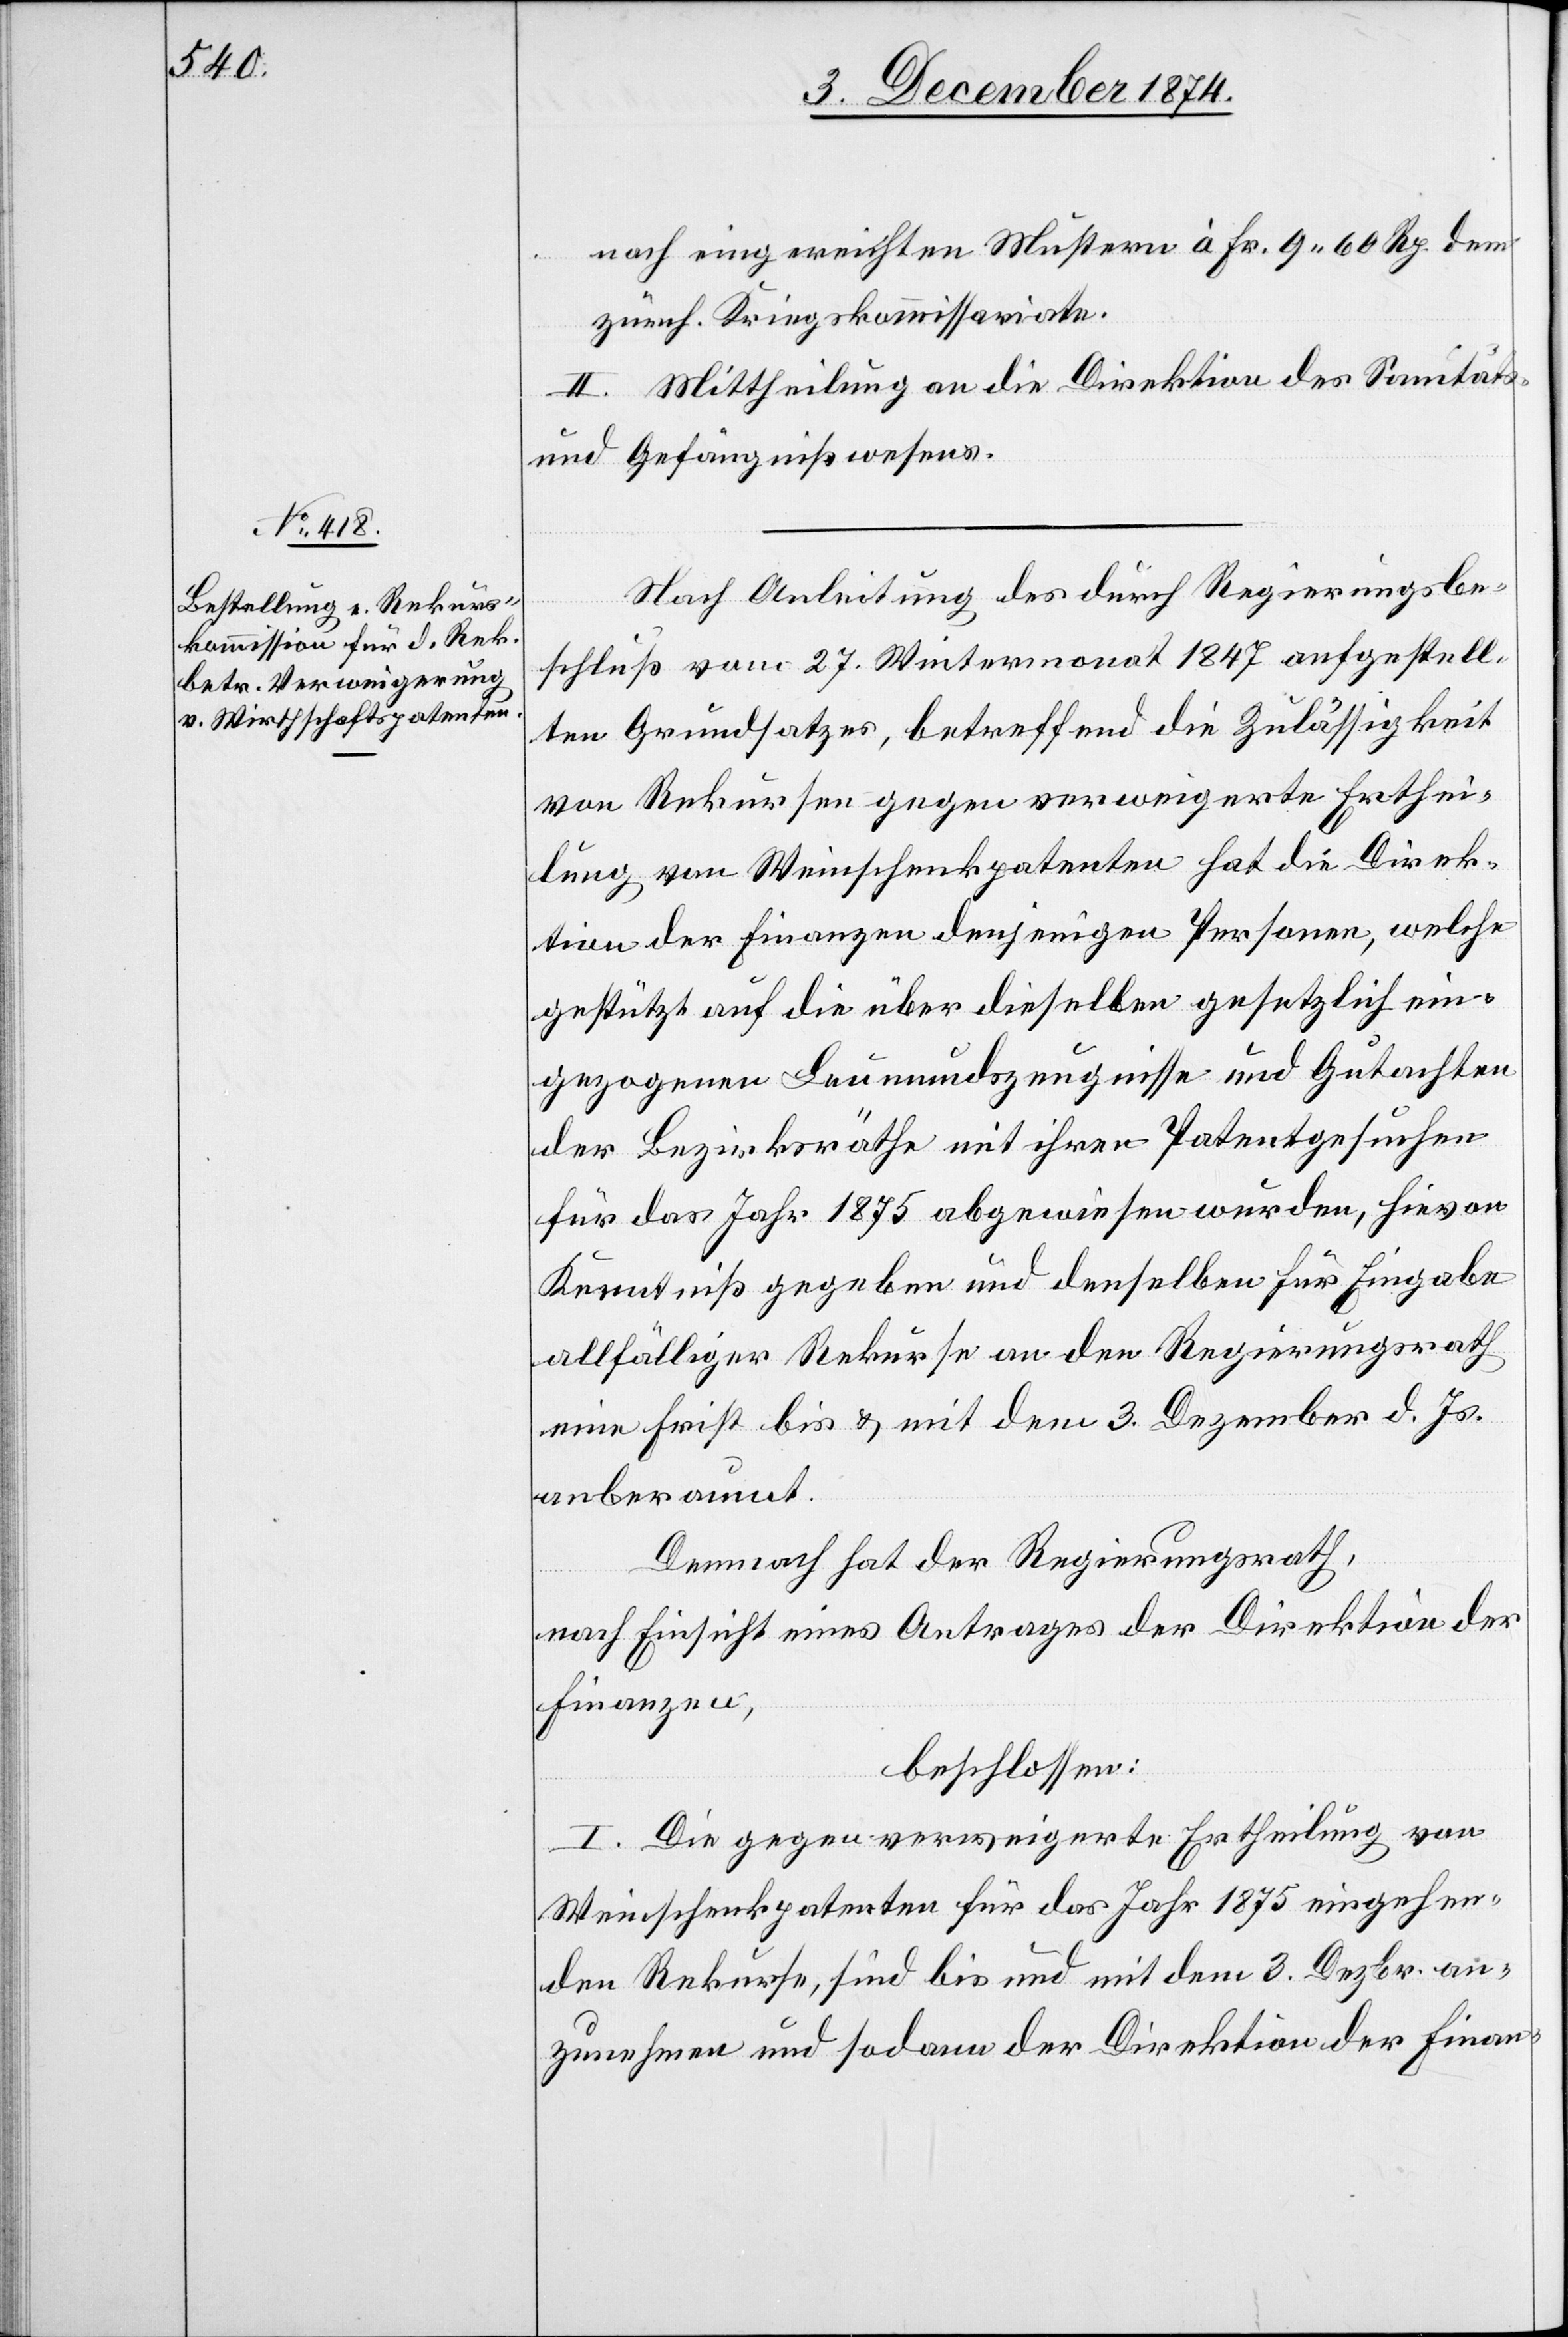
nach eingereichten Mustern à Fr. 9. 60 Rp. dem
zürch. Kriegskommissariate.
II. Mittheilung an die Direktion des Sanitäts-
und Gefängnißwesens.
Nach Anleitung des durch Regierungsbe¬
schluß vom 27. Wintermonat 1874 aufgestell¬
ten Grundsatzes, betreffend die Zulässigkeit
von Rekursen gegen verweigerte Erthei¬
lung von Weinschenkpatenten hat die Direk¬
tion der Finanzen denjenigen Personen, welche
gestützt auf die über dieselben gesetzlich ein¬
gezogenen Leumundszeugnisse und Gutachten
der Bezirksräthe mit ihren Patentgesuchen
für das Jahr 1875 abgewiesen wurden, hievon
Kenntniß gegeben und denselben für Eingabe
allfälliger Rekurse an den Regierungsrath
eine Frist bis & mit dem 3. Dezember d. Js.
anberaumt.
Demnach hat der Regierungsrath,
nach Einsicht eines Antrages der Direktion der
Finanzen,
beschlossen:
I. Die gegen verweigerte Ertheilung von
Weinschenkpatenten für das Jahr 1875 eingehen¬
den Rekurse, sind bis und mit dem 3. Dezbr. an¬
zunehmen und sodann der Direktion der Finan-